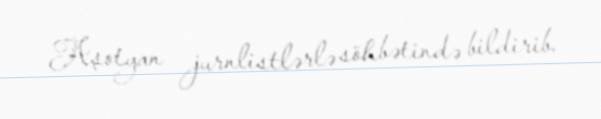
Aşotyan jurnlistlərlə söhbətində bildirib.